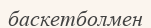
баскетболмен